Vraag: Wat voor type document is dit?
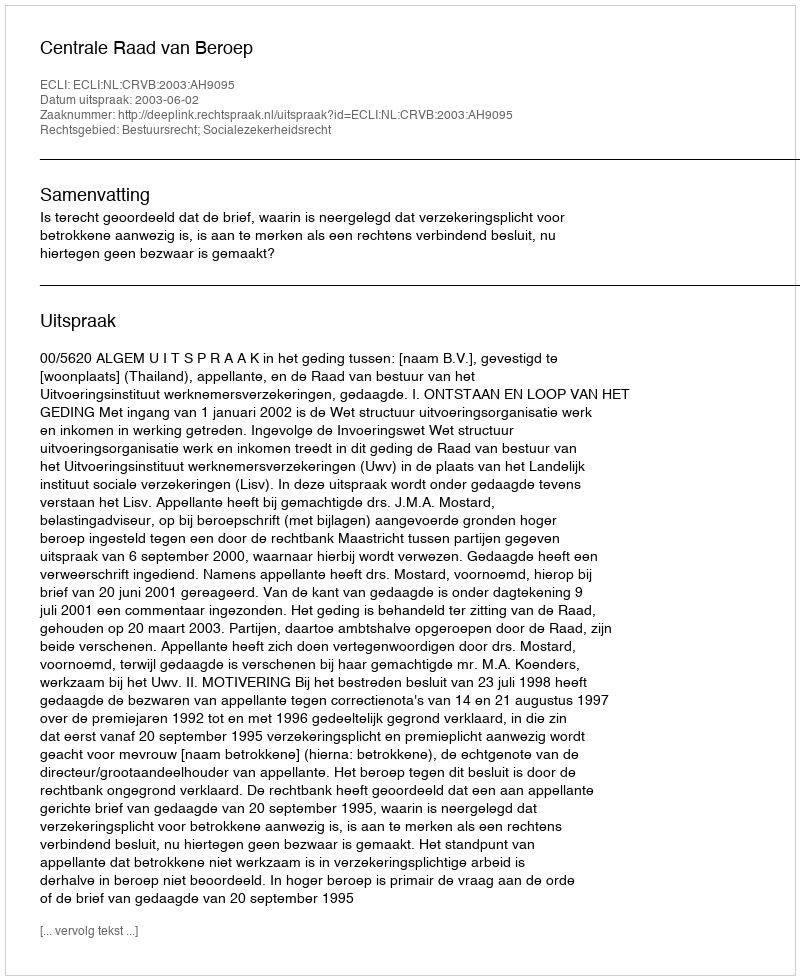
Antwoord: Uitspraak